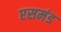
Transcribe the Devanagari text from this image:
एसमंड